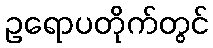
ဥရောပတိုက်တွင်